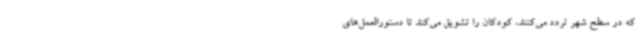
که در سطح شهر تردد می‌کنند، کودکان را تشویق می‌کند تا دستورالعمل‌های